Insane asylums in Bengal annual reports 1867-1875 - 1867-1875
Year: 1867
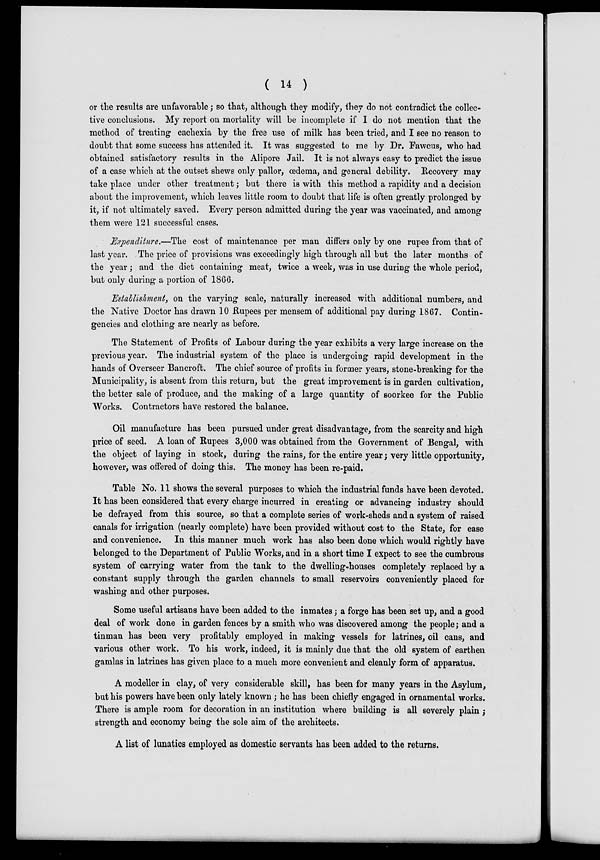
( 14 )
or the results are unfavorable ; so that, although they modify, they do not contradict the collec-
tive conclusions. My report on mortality will be incomplete if I do not mention that the
method of treating cachexia by the free use of milk has been tried, and I see no reason to
doubt that some success has attended it. It was suggested to me by Dr. Fawcus, who had
obtained satisfactory results in the Alipore Jail. It is not always easy to predict the issue
of a case which at the outset shews only pallor, œdema, and general debility. Recovery may
take place under other treatment ; but there is with this method a rapidity and a decision
about the improvement, which leaves little room to doubt that life is often greatly prolonged by
it, if not ultimately saved. Every person admitted during the year was vaccinated, and among
them were 121 successful cases.
Expenditure.—The cost of maintenance per man differs only by one rupee from that of
last year. The price of provisions was exceedingly high through all but the later months of
the year ; and the diet containing meat, twice a week, was in use during the whole period,
but only during a portion of 1866.
Establishment, on the varying scale, naturally increased with additional numbers, and
the Native Doctor has drawn 10 Rupees per mensem of additional pay during 1867. Contin-
gencies and clothing are nearly as before.
The Statement of Profits of Labour during the year exhibits a very large increase on the
previous year. The industrial system of the place is undergoing rapid development in the
hands of Overseer Bancroft. The chief source of profits in former years, stone-breaking for the
Municipality, is absent from this return, but the great improvement is in garden cultivation,
the better sale of produce, and the making of a large quantity of soorkee for the Public
Works. Contractors have restored the balance.
Oil manufacture has been pursued under great disadvantage, from the scarcity and high
price of seed. A loan of Rupees 3,000 was obtained from the Government of Bengal, with
the object of laying in stock, during the rains, for the entire year ; very little opportunity,
however, was offered of doing this. The money has been re-paid.
Table No. 11 shows the several purposes to which the industrial funds have been devoted.
It has been considered that every charge incurred in creating or advancing industry should
be defrayed from this source, so that a complete series of work-sheds and a system of raised
canals for irrigation (nearly complete) have been provided without cost to the State, for ease
and convenience. In this manner much work has also been done which would rightly have
belonged to the Department of Public Works, and in a short time I expect to see the cumbrous
system of carrying water from the tank to the dwelling-houses completely replaced by a
constant supply through the garden channels to small reservoirs conveniently placed for
washing and other purposes.
Some useful artisans have been added to the inmates; a forge has been set up, and a good
deal of work done in garden fences by a smith who was discovered among the people; and a
tinman has been very profitably employed in making vessels for latrines, oil cans, and
various other work. To his work, indeed, it is mainly due that the old system of earthen
gamlas in latrines has given place to a much more convenient and cleanly form of apparatus.
A modeller in clay, of very considerable skill, has been for many years in the Asylum,
but his powers have been only lately known ; he has been chiefly engaged in ornamental works.
There is ample room for decoration in an institution where building is all severely plain ;
strength and economy being the sole aim of the architects.
A list of lunatics employed as domestic servants has been added to the returns.